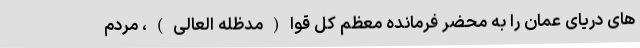
های دریای عمان را به محضر فرمانده معظم کل قوا(مدظله العالی)، مردم